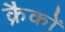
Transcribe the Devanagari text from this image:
क्रैकों